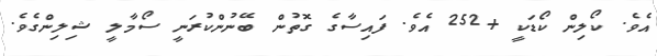
އެވެ. ކޯލިން ކޯޑަކީ +252 އެވެ. ފައިސާގެ ގޮތުން ބޭނުންކުރަނީ ސޯމާލީ ޝިލިންގެވެ.